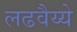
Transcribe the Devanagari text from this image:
लढवैय्ये